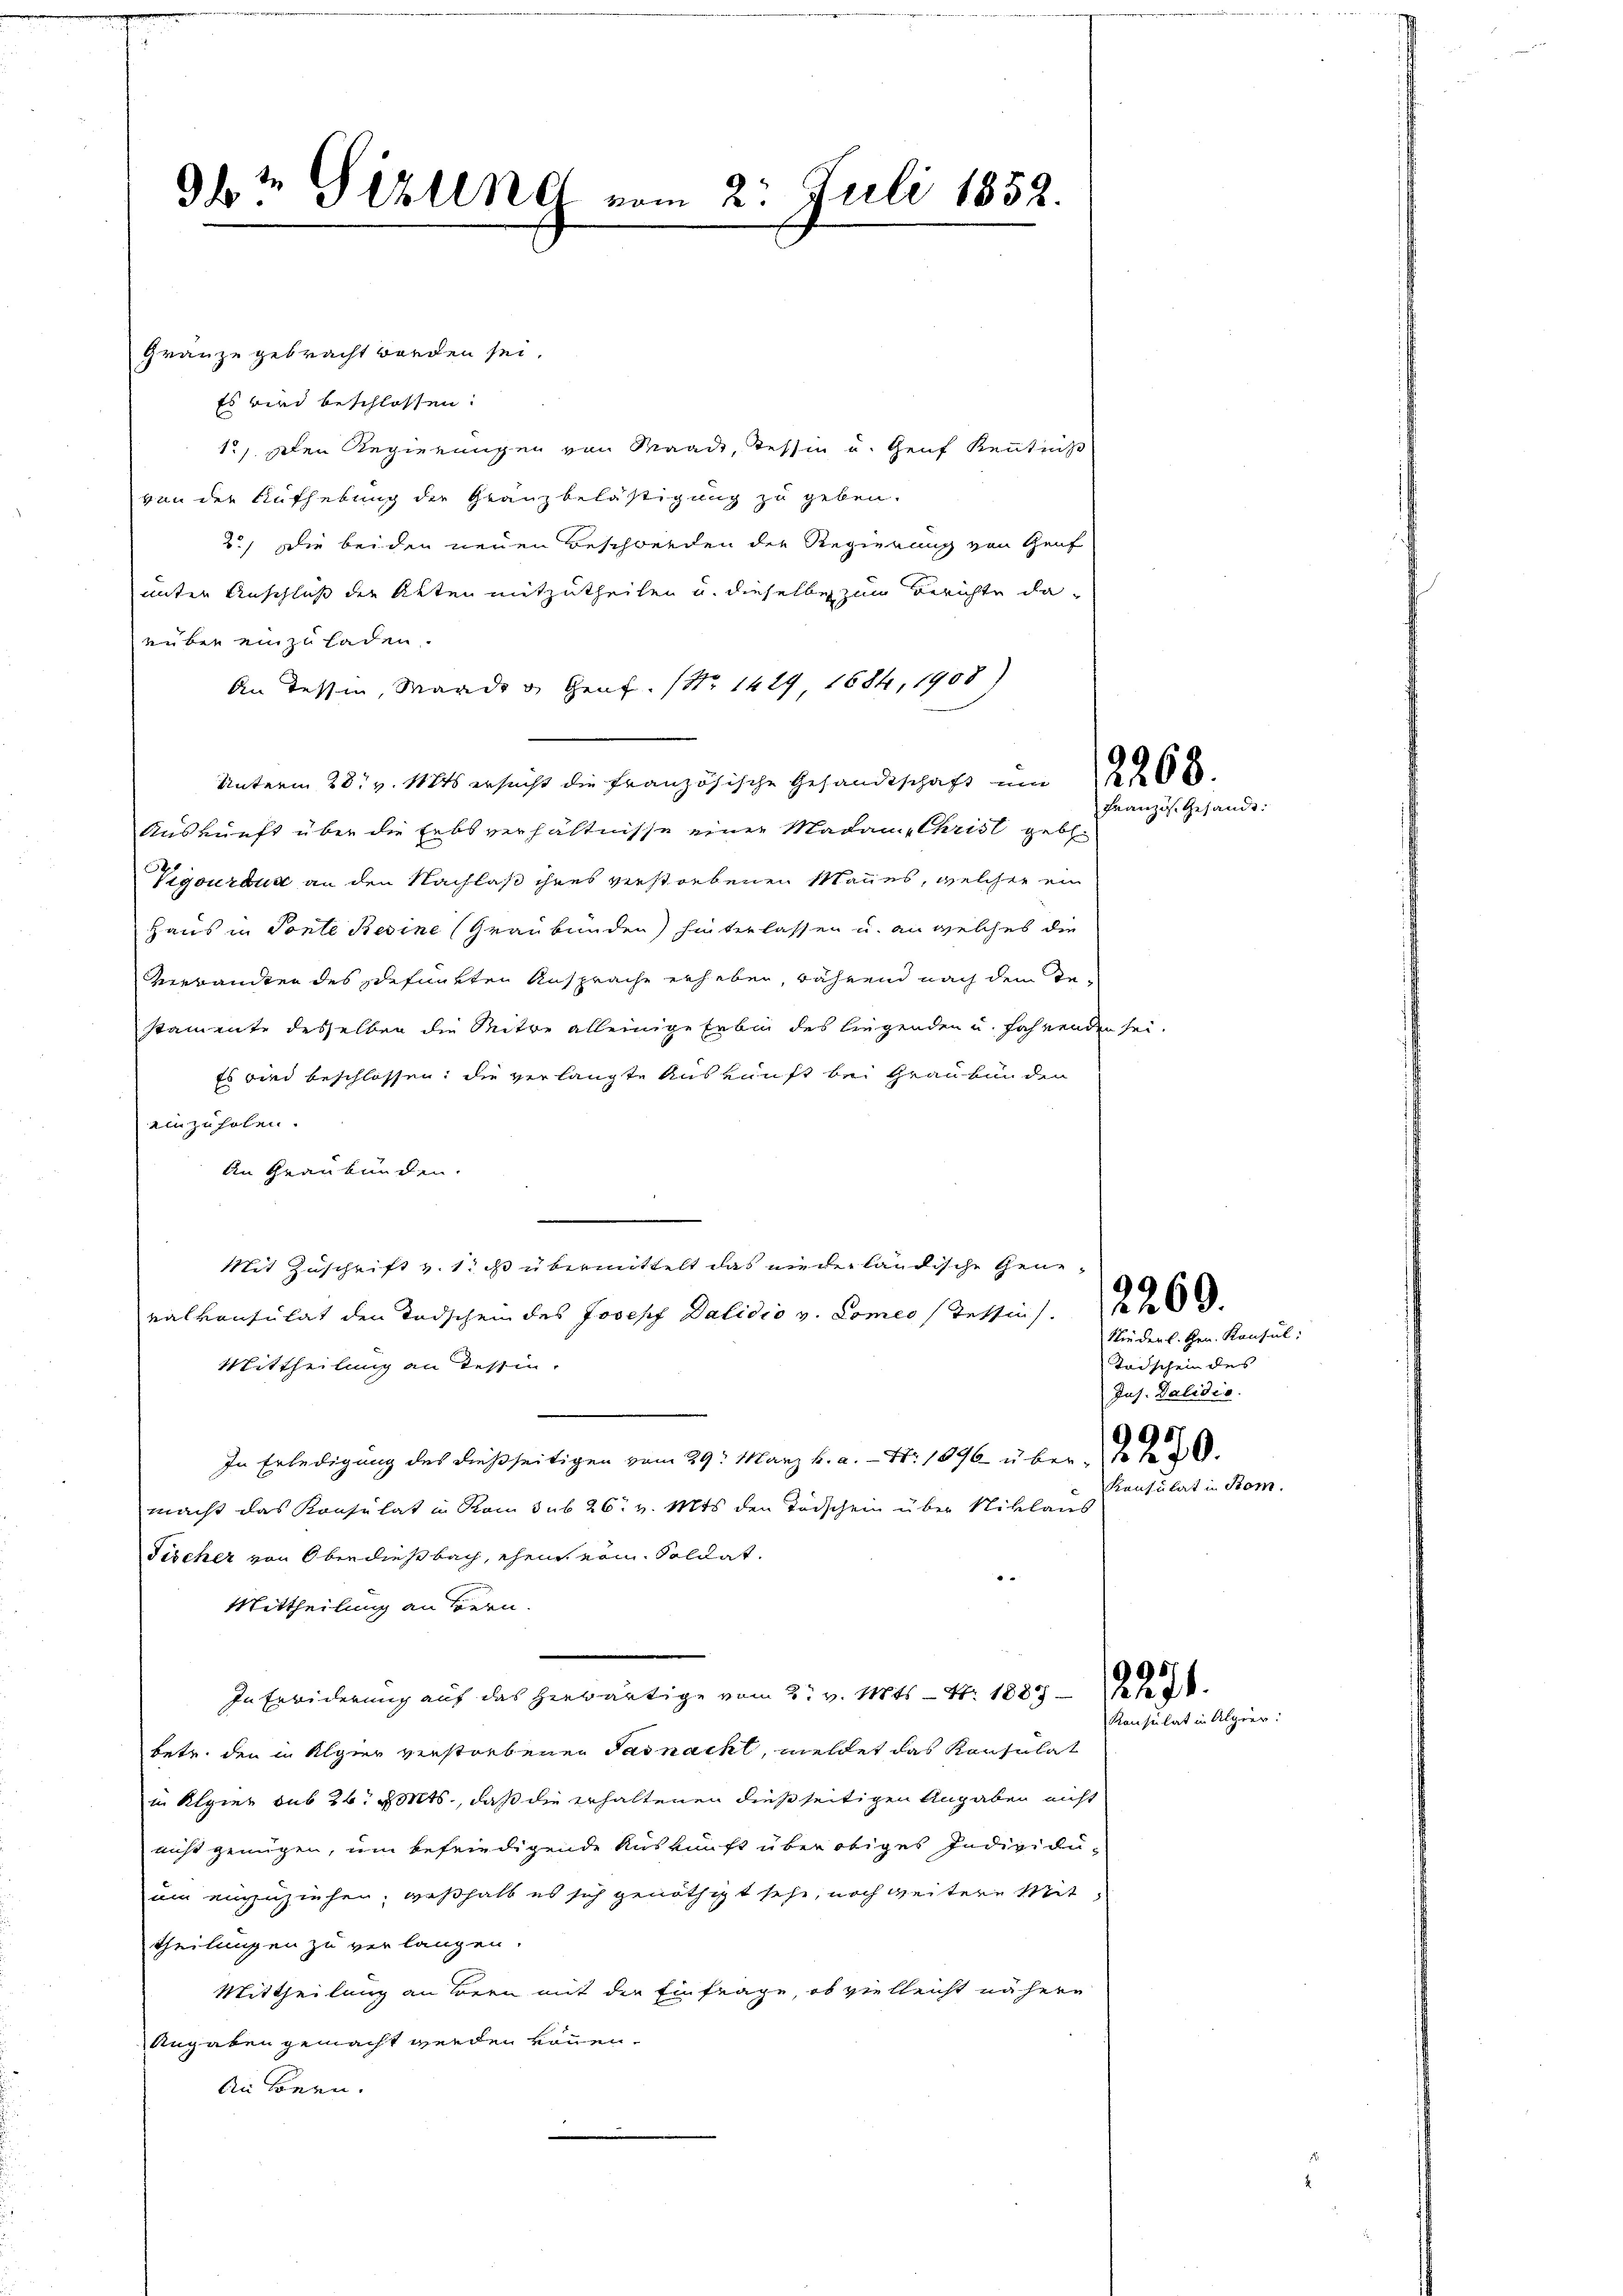
9t Serung vom 2. Juli 1852.

Gränze gebracht worden sei.
Es wird beschlossen.
1.) Den Regierungen von Waadt, Tessin u. Genf Kenntniß
von der Aufhebung der Gränzbelästigung zu geben.
2.) Die beiden neuen Beschwerden der Regierung von Genf
unter Anschluß der Akten mitzutheilen u. dieselbe zum Berichte daeüber einzuladen.
An dessin, Warde v. Graf. (Nr. 1429 1684, 1908)
Unterm 28. v. 1884 ersucht die Französische Gesandtschaft um 2. 208.
Auskunft über die Erbsverhältnisse einer Madam Christ geb
Vigourdus an den Nachlaß ihres verstorbenen Mannes, welcher ein
Haus in Tonte Besine (Graubünden) hinterlassen u. an welches die
Verwandten des schefunkten Ansprache erheben, während nach dem Testamente desselben die Mitre alleinige Erbin des liegenden u. fahrenden sei¬
Es wird beschlossen; die verlangte Auskunft bei Graubünden
einzuholen.
An Graubünden.
Mit Zuschrift v. 1. ist übermittelt das nieder ländische Gene-
ralkonsulat den Todschein des Joseph Dalidio v. Comeo stettin.
Mittheilung an Tessin.
.
In Erledigung des dießseitigen vom 29. März h. a. — Nr. 1896 über 18
macht das Konsulat in Rom sub 26. v. Mts. den Todschein über Niklaus
Fischer von Oberdießbach, ehen von. Soldat.
Mittheilung an Hrn.
In Erwiderung auf das herwärtige vom 2. v. Mts. — Nr. 1883 — Geset
betr. den in Algier verstorbenen Tasnacht, meldet das Konsulat
in Algier sub 24. v. Mts., daß die erhaltenen dießseitigen Angaben nicht
nicht genügen, um befriedigende Auskunft über obiges Individuum einzuziehen, weßhalb es sich genöthigt sehe, noch weitere Mit
theilungen zu verlangen.
Mittheilung an Bern mit der Einfrage, ob vielleicht nähere
Angaben gemacht werden können.
Au könne.

Französ. Gesandt.

Stiederl. Hrn. Konsul:
Todschein des
Jus. Dalidie
95
Kanfulat in Bem

2269.

Konsulat in Alpier: